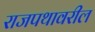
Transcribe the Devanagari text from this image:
राजपथावरील